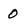
Character: 0